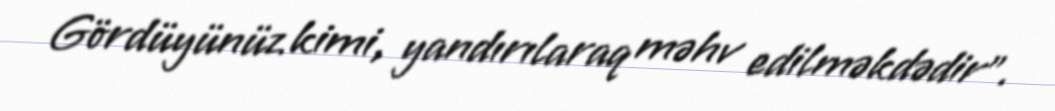
Gördüyünüz kimi, yandırılaraq məhv edilməkdədir”.